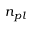
n _ { p l }